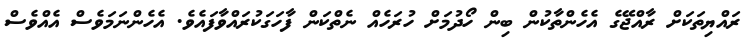
ރައްޔިތަކަށް ރާއްޖޭގެ އެހެންތާކުން ބިން ހޯދުމަށް ހުރަހެއް ނެތްކަން ފާހަގަކުރައްވާފައެވެ. އެހެންނަމަވެސް އެއްވެސް